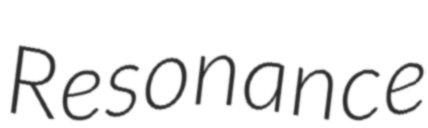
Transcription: Resonance